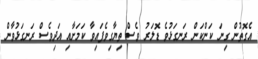
އެގޮތުން ގިނަ ކަންކަން ރަނގަޅުވެ ޑޮލަރު ވެސް ތިޔާގިވެފައިވާ ކަމަށާއި އަދިވެސް ރަނގަޅުވާން